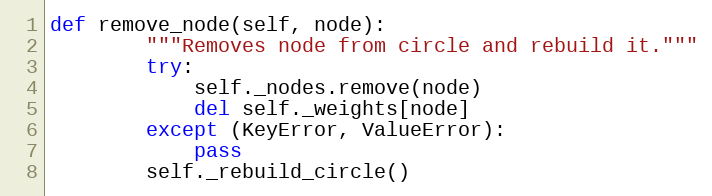
Language: Python
def remove_node(self, node):
        """Removes node from circle and rebuild it."""
        try:
            self._nodes.remove(node)
            del self._weights[node]
        except (KeyError, ValueError):
            pass
        self._rebuild_circle()